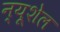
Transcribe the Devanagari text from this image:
न्यूशेल